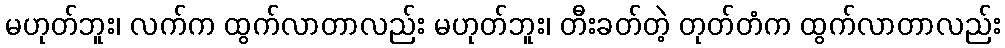
မဟုတ်ဘူး၊ လက်က ထွက်လာတာလည်း မဟုတ်ဘူး၊ တီးခတ်တဲ့ တုတ်တံက ထွက်လာတာလည်း